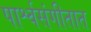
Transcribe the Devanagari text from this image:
पार्श्वसंगीतात